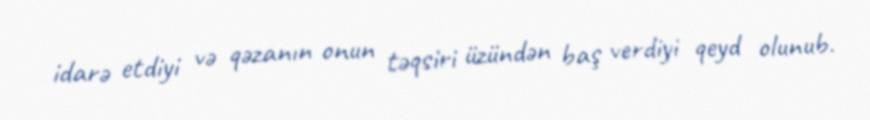
idarə etdiyi və qəzanın onun təqsiri üzündən baş verdiyi qeyd olunub.